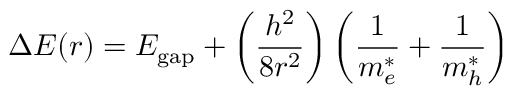
\Delta E ( r ) = E _ { \mathrm { g a p } } + \left( { \frac { h ^ { 2 } } { 8 r ^ { 2 } } } \right) \left( { \frac { 1 } { m _ { e } ^ { * } } } + { \frac { 1 } { m _ { h } ^ { * } } } \right)